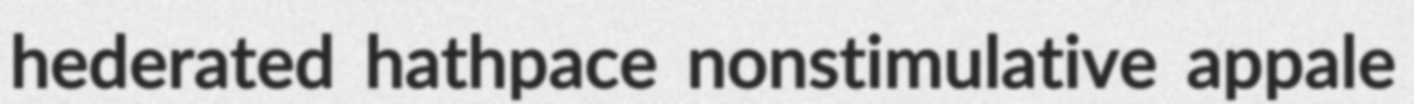
hederated hathpace nonstimulative appale